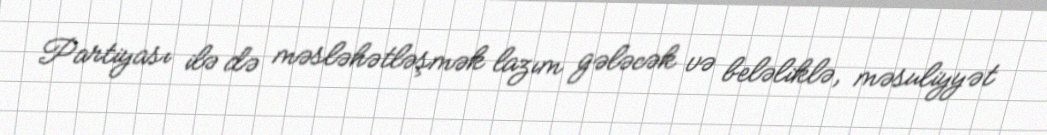
Partiyası ilə də məsləhətləşmək lazım gələcək və beləliklə, məsuliyyət